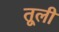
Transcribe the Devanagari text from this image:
तूली